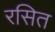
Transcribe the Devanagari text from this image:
रसित